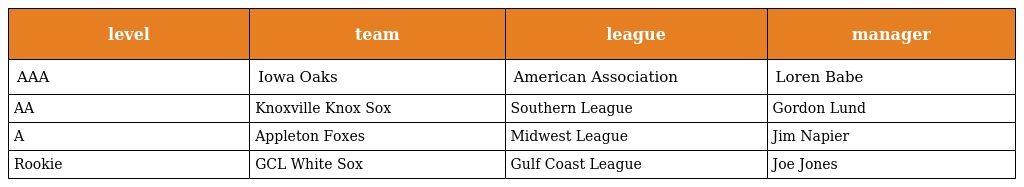
| level | team | league | manager |
 | --- | --- | --- | --- |
 | AAA | Iowa Oaks | American Association | Loren Babe |
 | AA | Knoxville Knox Sox | Southern League | Gordon Lund |
 | A | Appleton Foxes | Midwest League | Jim Napier |
 | Rookie | GCL White Sox | Gulf Coast League | Joe Jones |